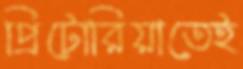
প্রিটোরিয়াতেই